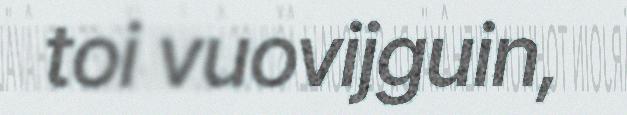
toi vuovijguin,